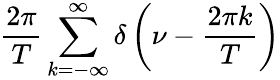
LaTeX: {\frac{2\pi}{T}}\sum_{k=-\infty}^{\infty}\delta\left(\nu-{\frac{2\pi k}{T}}\right)